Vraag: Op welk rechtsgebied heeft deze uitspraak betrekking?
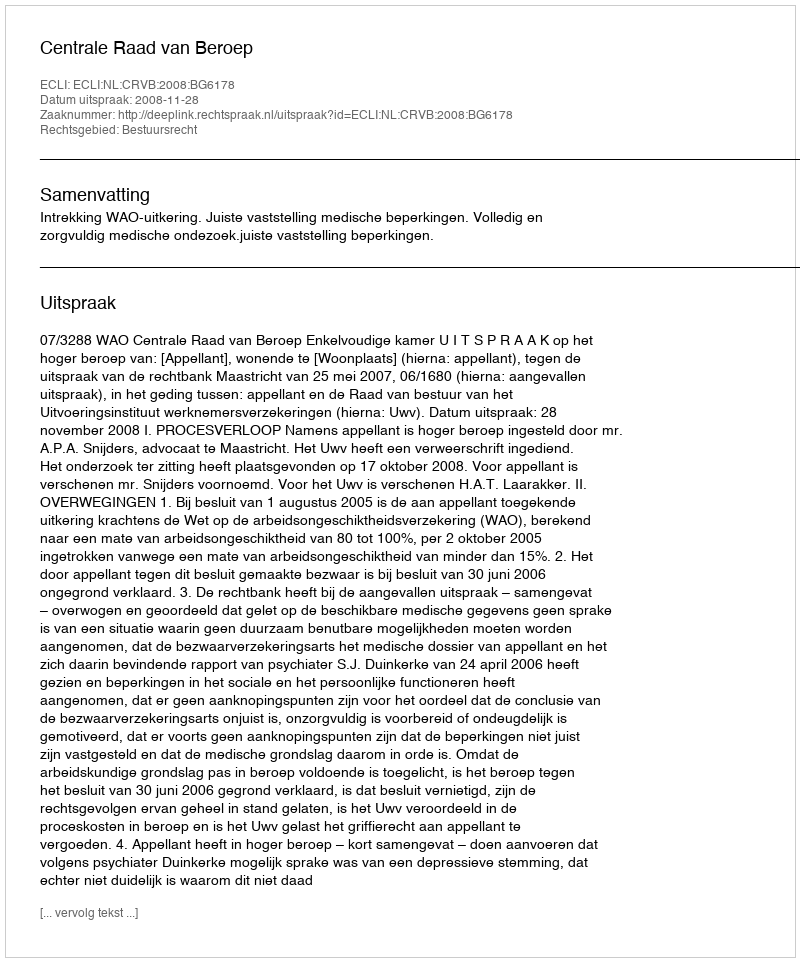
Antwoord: Bestuursrecht